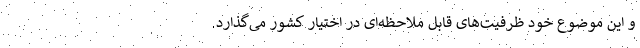
و این موضوع خود ظرفیت‌های قابل ملاحظه‌ای در اختیار کشور می‌گذارد.